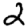
Digit: 2